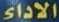
الاداء